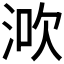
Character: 𣵶